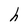
Character: h